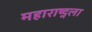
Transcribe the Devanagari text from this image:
महाराष्ट्नला